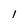
Character: 1